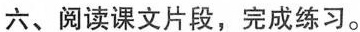
六、阅读课文片段，完成练习。